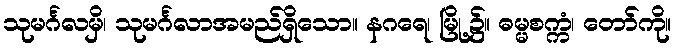
သုမင်္ဂလမှိ၊ သုမင်္ဂလာအမည်ရှိသော။ နဂရေ၊ မြို့၌။ ဓမ္မစက္ကံ၊ တော်ကို။